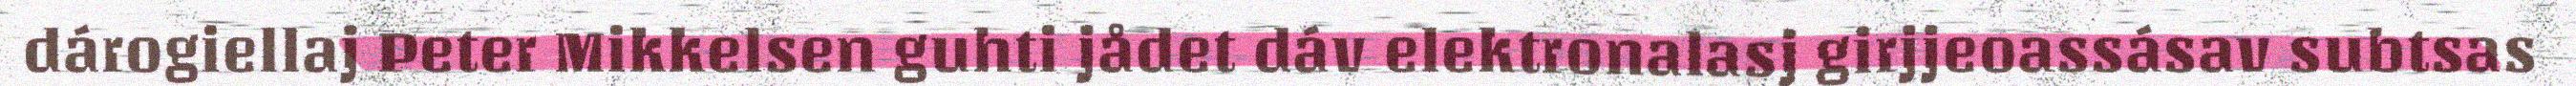
dárogiellaj Peter Mikkelsen guhti jådet dáv elektronalasj girjjeoassásav subtsas